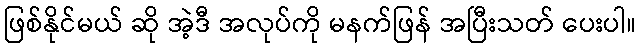
ဖြစ်နိုင်မယ် ဆို အဲ့ဒီ အလုပ်ကို မနက်ဖြန် အပြီးသတ် ပေးပါ။